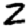
Digit: 2